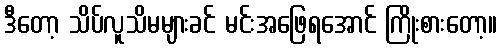
ဒီတော့ သိပ်လူသိမများခင် မင်းအဖြေရအောင် ကြိုးစားတော့။